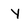
Character: y